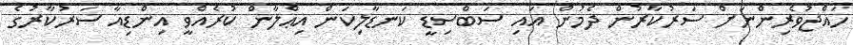
ހައްޖުވެރިންނަށް ސަރުކާރުން ދެމުން އައި ސަބްސިޑީ ކަނޑާލިކަން އިޢްލާން ކުރެއްވީ އިންޑިއާ ސަރުކާރުގެ